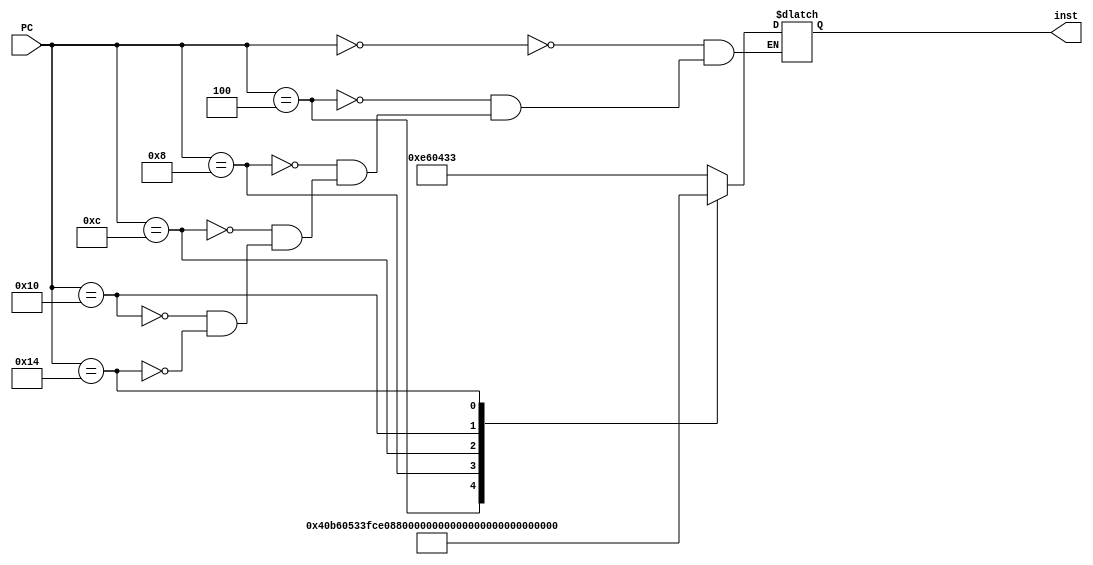
/*  
     Copyright by Pham Ngoc Lam
    			   Nguyen Van Chien
    			   Duong Van Bien
    Hanoi University of Science and Technology
    School of Electronic and Telecommunication
    EDABK Laboratory, 611 Ta Quan Buu Library
*/
module IMEM(
	input 	   [31:0] PC  ,
	output reg [31:0] inst
	);
 							 // 				  	     	31   25  24 20  19 15  14   10  7  6     0
localparam [31:0] x0h = 32'd0 , // add  x8 , x12  , x14 --> 0000000  01110  01100  000  01000  0110011
				  x1h = 32'd4 , // sub  x10, x12  , x11 --> 0100000  01011  01100  000  01010  0110011
				  x2h = 32'd8 , // addi x15, x1   , -50 -->  111111001110   00001  000  01111  0010011
				  x3h = 32'd12, // lw   x14, 8(x2) 	 	-->  000000001000   00010  010  01110  0000011
				  x4h = 32'd16, // sw   x14, 8(x2)      -->  000000001110   00010  010  01000  0100011
				  x5h = 32'd20; // beq  x19, x10 ,offset--> 0 000000 01010  10011  000 1000 0  1100011

always @(PC) begin
	case(PC[31:0])
		x0h: begin
			inst = 32'b00000000111001100000010000110011;
		end
		x1h: begin
			inst = 32'b01000000101101100000010100110011;
		end
		x2h: begin
			inst = 32'b11111100111000001000011110010011;
		end
		x3h: begin
			inst = 32'b00000000100000010010011100000011;
		end
		x4h: begin
			inst = 32'b00000000111000010010010000100011;
		end
		x5h: begin
			inst = 32'b00000000101010011000100001100011;
		end
	endcase
end

endmodule